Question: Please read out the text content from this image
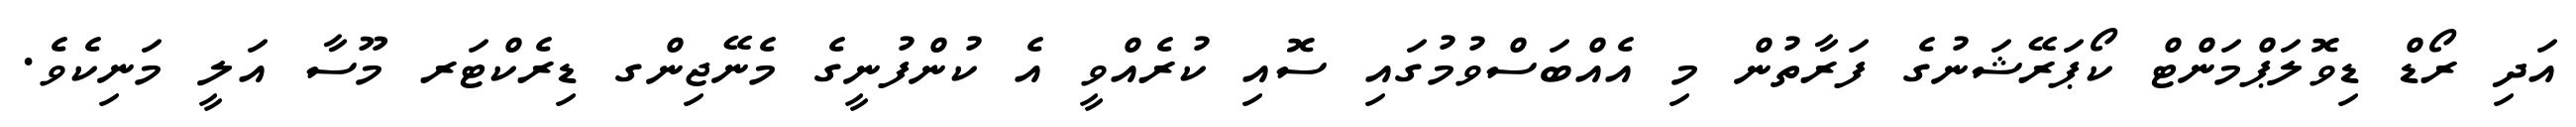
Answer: އަދި ރޯޑް ޑިވޮލަޕްމަންޓް ކޯޕަރޭޝަނުގެ ފަރާތުން މި އެއްބަސްވުމުގައި ސޮއި ކުރެއްވީ އެ ކުންފުނީގެ މެނޭޖިންގ ޑިރެކްޓަރ މޫސާ އަލީ މަނިކެވެ.